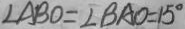
\angle A B O = \angle B A O = 1 5 ^ { \circ }